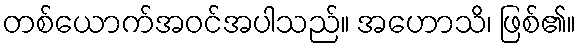
တစ်ယောက်အဝင်အပါသည်။ အဟောသိ၊ ဖြစ်၏။